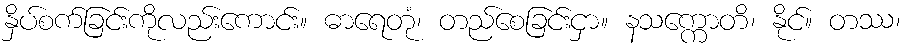
နှိပ်စက်ခြင်းကိုလည်းကောင်း။ ဓာရေတုံ၊ တည်စေခြင်းငှာ။ နသက္ကောတိ၊ နိုင်။ တဿ၊